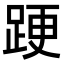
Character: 𨁈